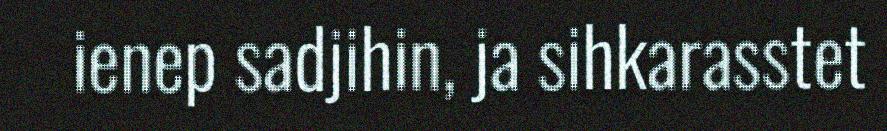
ienep sadjihin, ja sihkarasstet